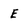
Character: E